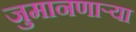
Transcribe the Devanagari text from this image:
जुमानणाऱ्या